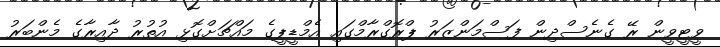
ވީޓީވީން ރޭ ގެނެސްދިން ފަސްމަންޒަރު ޕްރޮގްރާމްގައި އެމްޑީޕީގެ މައްޗަށްގޮޅި އުތުރު ދާއިރާގެ މެންބަރު